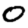
Digit: 0